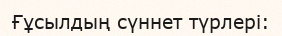
Ғұсылдың сүннет түрлері: